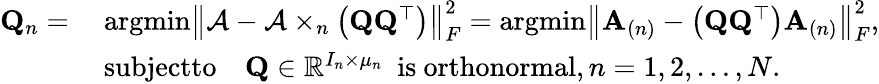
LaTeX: \begin{array}{rl}{\mathbf{Q}_{n}=}&{\ \mathrm{argmin}\left\| \mathcal{A}-\mathcal{A}\times_{n}\left({\mathbf Q}{\mathbf Q}^{\top}\right)\right\| _{F}^{2}=\mathrm{argmin}\left\| \mathbf{A}_{(n)}-\left({\mathbf Q}{\mathbf Q}^{\top}\right)\mathbf{A}_{(n)}\right\| _{F}^{2},}\\ &{\ \mathrm{subjectto}\quad\mathbf{Q}\in\mathbb{R}^{I_{n}\times\mu_{n}}\ \mathrm{~is~orthonormal},n=1,2,\dots,N.}\end{array}